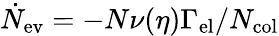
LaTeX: \dot{N}_{\mathrm{ev}}=-N\nu(\eta)\Gamma_{\mathrm{el}}/N_{\mathrm{col}}